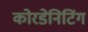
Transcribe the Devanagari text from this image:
कोरडेनिटिंग